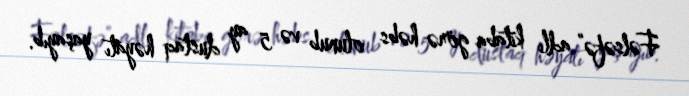
Fəlsəfə” adlı kitaba görə həbs olunub və 5 ay dustaq həyatı yaşayıb.